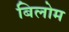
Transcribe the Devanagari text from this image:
बिलोम